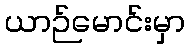
ယာဉ်မောင်းမှာ